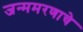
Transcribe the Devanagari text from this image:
जन्ममरणाचे